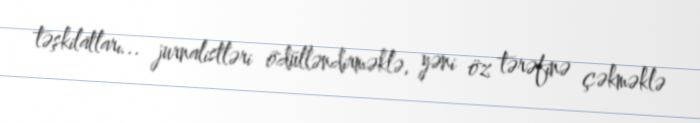
təşkilatları... jurnalistləri ödülləndirməklə, yəni öz tərəfinə çəkməklə